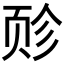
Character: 𫖬